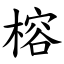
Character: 榕